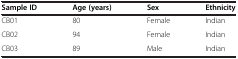
<table><thead><tr><td><b>Sample ID</b></td><td><b>Age (years)</b></td><td><b>Sex</b></td><td><b>Ethnicity</b></td></tr></thead><tbody><tr><td>CB01</td><td>80</td><td>Female</td><td>Indian</td></tr><tr><td>CB02</td><td>94</td><td>Female</td><td>Indian</td></tr><tr><td>CB03</td><td>89</td><td>Male</td><td>Indian</td></tr></tbody></table>